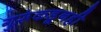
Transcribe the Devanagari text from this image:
गुरूंकडूनही